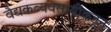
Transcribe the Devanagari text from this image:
वैद्यकव्यवसायींकडून